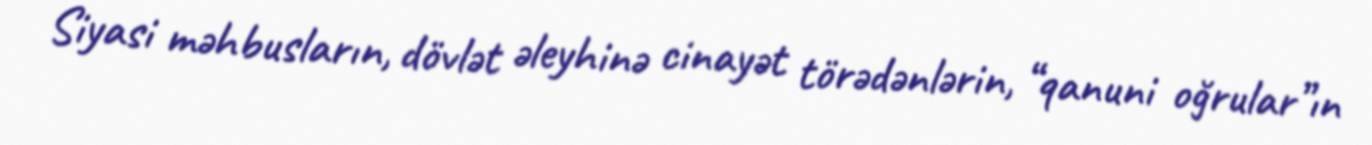
Siyasi məhbusların, dövlət əleyhinə cinayət törədənlərin, “qanuni oğrular”ın